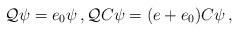
LaTeX: \begin{align*}\mathcal{Q} \psi = e_0 \psi \, , \mathcal{Q} C \psi = (e+e_0) C \psi \, ,\end{align*}